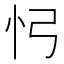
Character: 𢖸